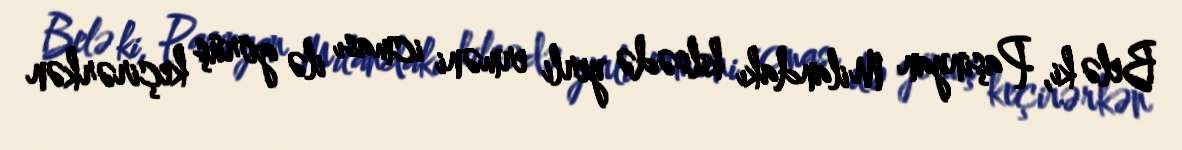
Belə ki, Paşinyan Milandakı kilsədə yerli erməni icması ilə görüş keçirərkən